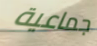
جماعية